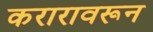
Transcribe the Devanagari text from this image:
करारावरून